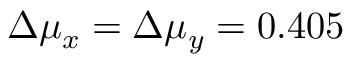
\Delta \mu _ { x } = \Delta \mu _ { y } = 0 . 4 0 5